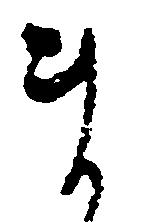
ま